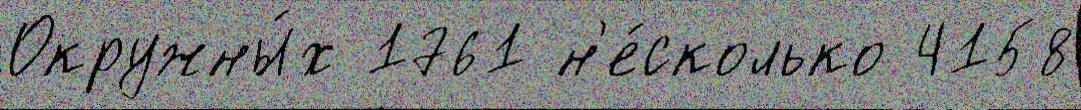
Окружны́х 1761 н'е́сколько 4158